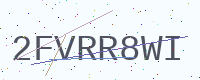
Text: 2FVRR8WI